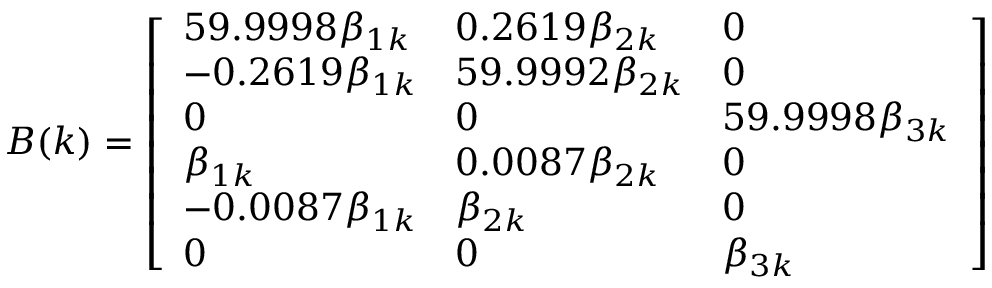
\boldsymbol { B } ( k ) = \left[ \begin{array} { l l l } { 5 9 . 9 9 9 8 \beta _ { 1 k } } & { 0 . 2 6 1 9 \beta _ { 2 k } } & { 0 } \\ { - 0 . 2 6 1 9 \beta _ { 1 k } } & { 5 9 . 9 9 9 2 \beta _ { 2 k } } & { 0 } \\ { 0 } & { 0 } & { 5 9 . 9 9 9 8 \beta _ { 3 k } } \\ { \beta _ { 1 k } } & { 0 . 0 0 8 7 \beta _ { 2 k } } & { 0 } \\ { - 0 . 0 0 8 7 \beta _ { 1 k } } & { \beta _ { 2 k } } & { 0 } \\ { 0 } & { 0 } & { \beta _ { 3 k } } \end{array} \right]